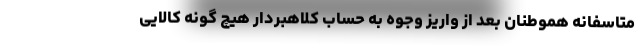
متاسفانه هموطنان بعد از واریز وجوه به حساب کلاهبردار هیچ گونه کالایی